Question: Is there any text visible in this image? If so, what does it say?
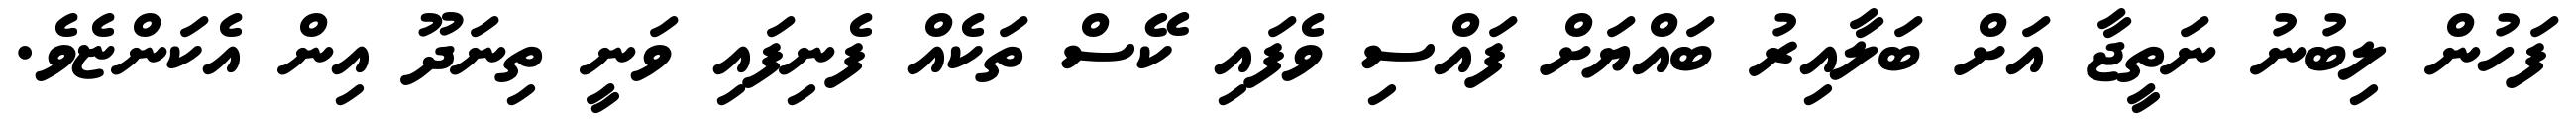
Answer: ފަހުން ލިބުނު ނަތީޖާ އަށް ބަލާއިރު ބައްޔަށް ފައްސި ވެފައި ކޭސް ތަކެއް ފެނިފައި ވަނީ ތިނަދޫ އިން އެކަންޏެވެ.